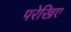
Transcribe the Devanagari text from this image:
परेखिए